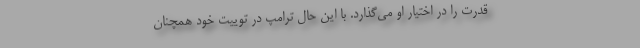
قدرت را در اختیار او می‌گذارد. با این حال ترامپ در توییت خود همچنان